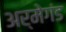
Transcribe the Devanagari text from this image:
अर्मेगंड